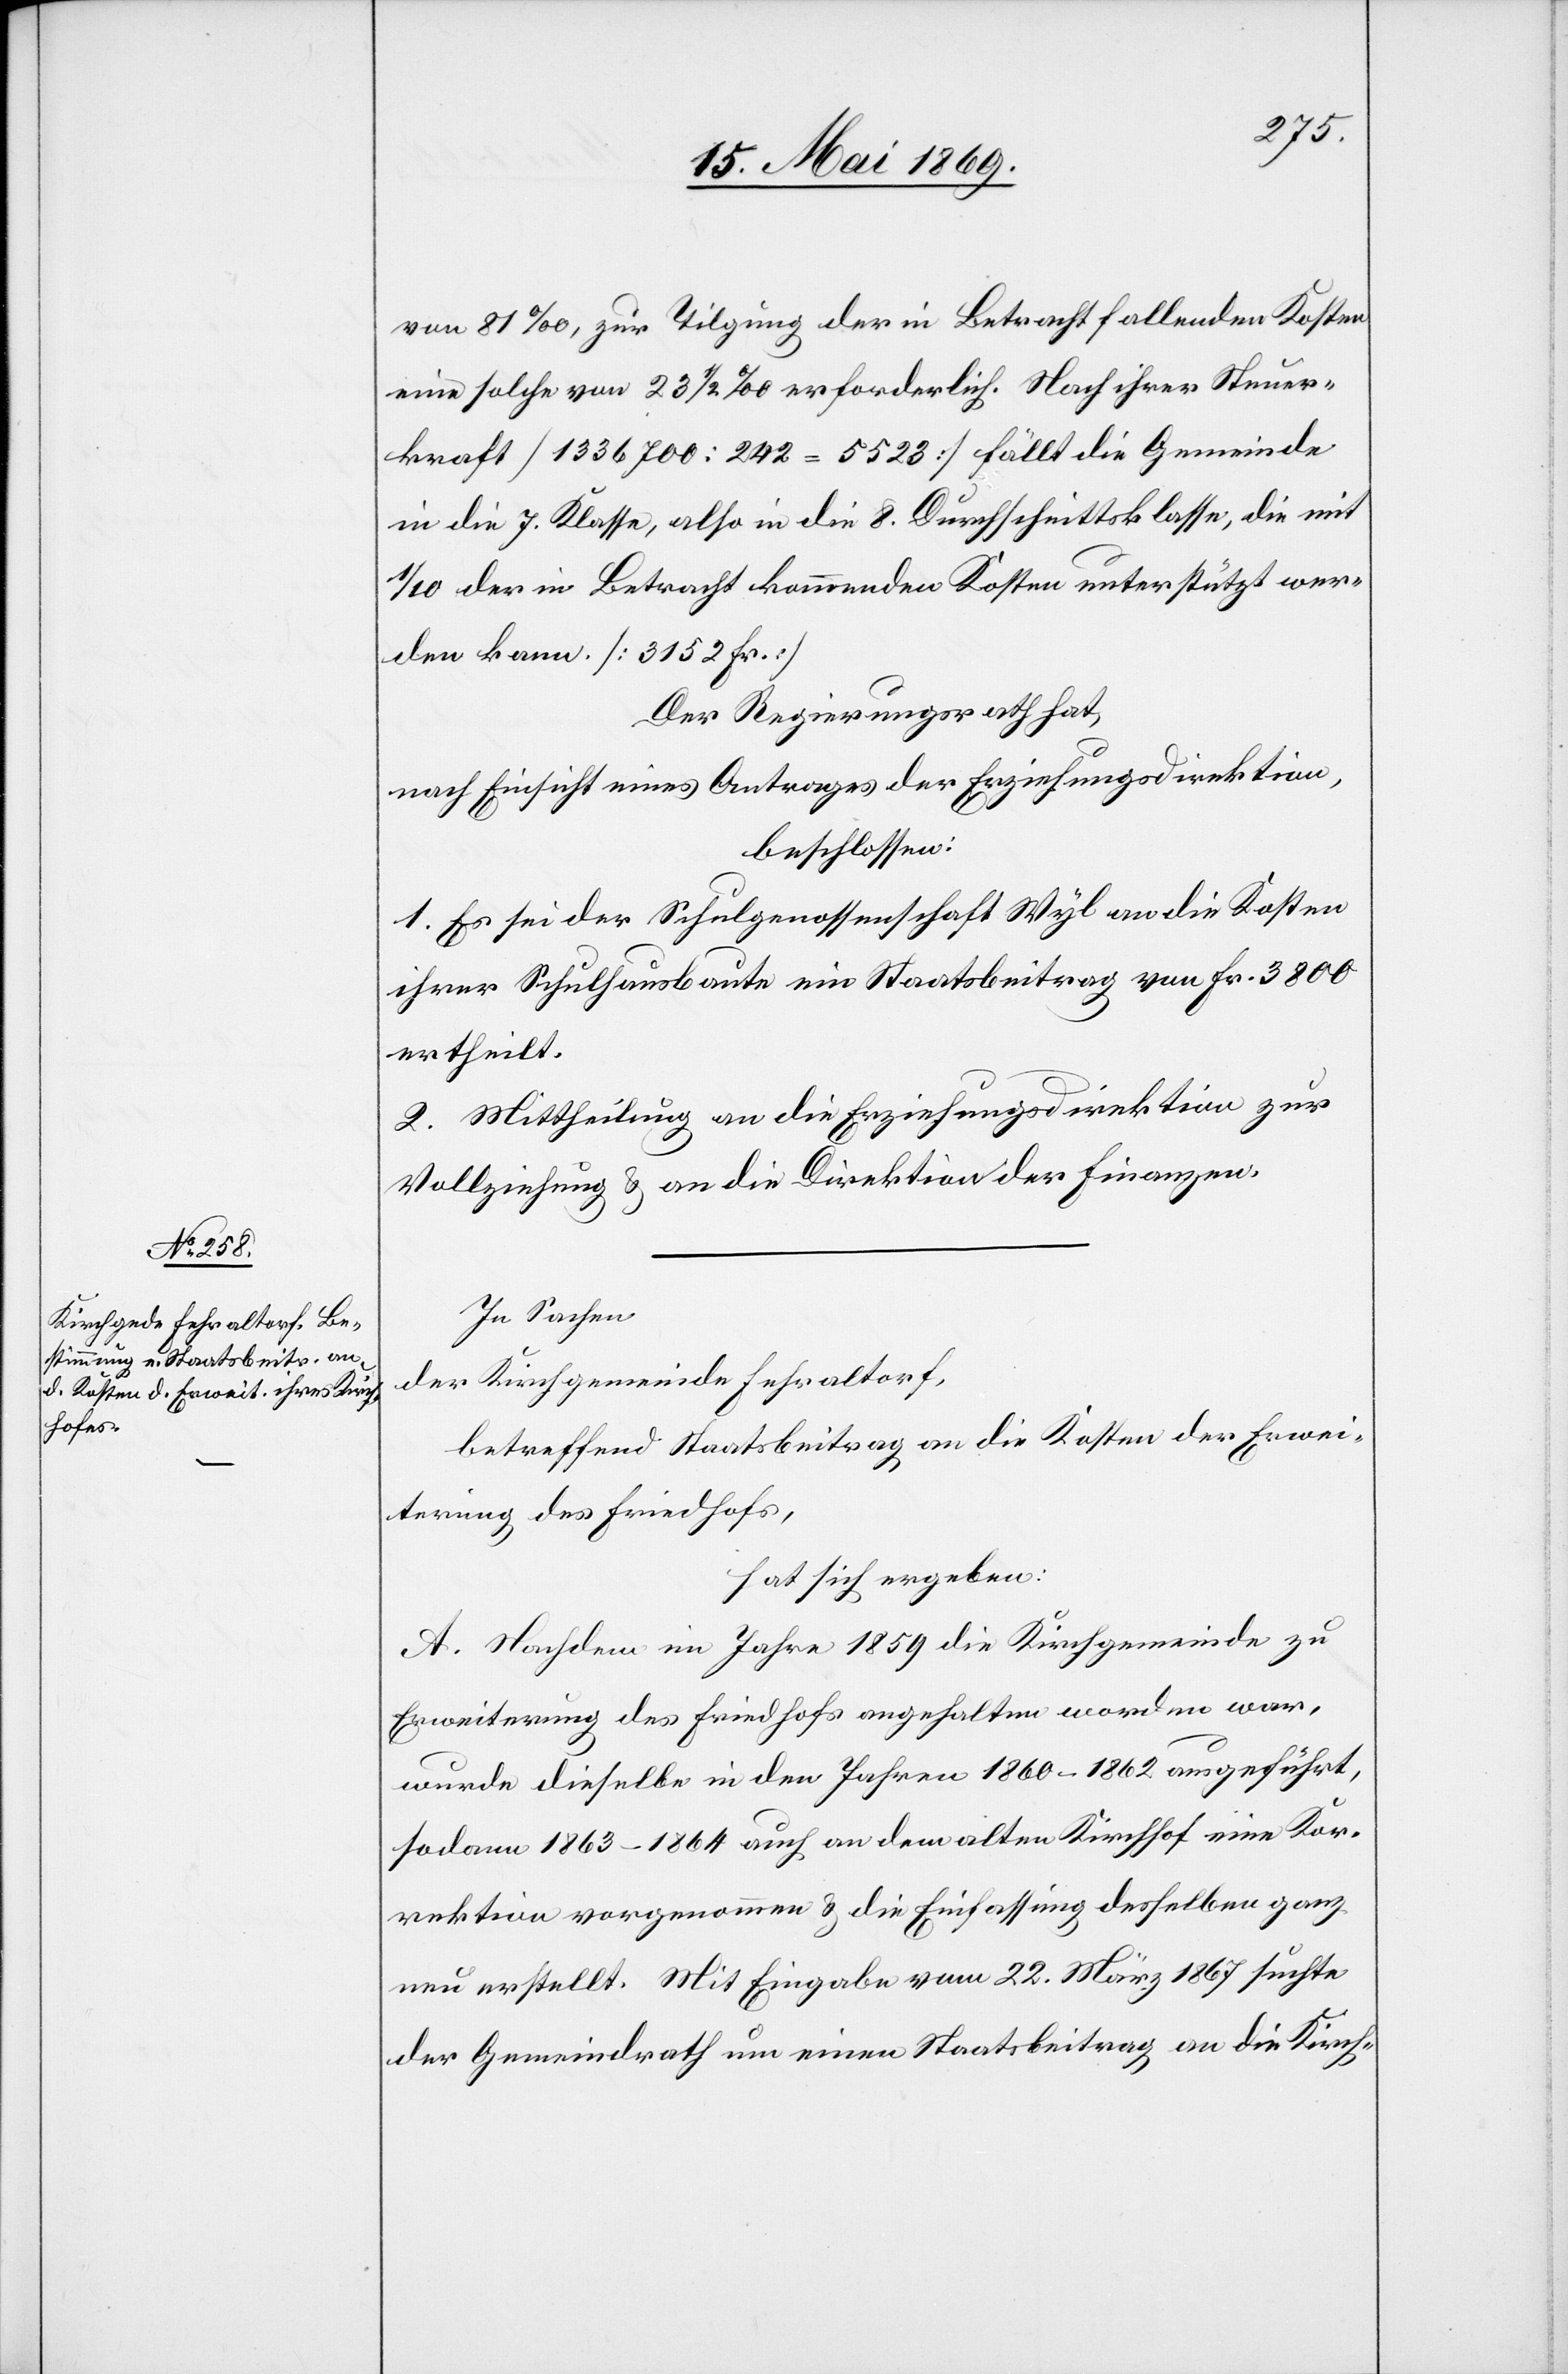
von 81‰, zur Tilgung der in Betracht fallenden Kosten
eine solche von 23 1/2‰ erforderlich. Nach ihrer Steuer¬
kraft [1336700 : 242 = 5523] fällt die Gemeinde
in die 7. Klasse, also in die 8. Durchschnittklasse, die mit
1/10 der in Betracht kommenden Kosten unterstützt wer¬
den kann. [3152 Fr.]
Der Regierungsrath hat,
nach Einsicht eines Antrages der Erziehungsdirektion,
beschlossen:
1. Es sei der Schulgenossenschaft Wyl an die Kosten
ihrer Schulhausbaute ein Staatsbeitrag von Fr. 3800
ertheilt.
2. Mittheilung an die Erziehungsdirektion zur
Vollziehung u. an die Direktion der Finanzen.
In Sachen
der Kirchgemeinde Fehraltorf,
betreffend Staatsbeitrag an die Kosten der Erwei¬
terung des Friedhofs,
hat sich ergeben:
A. Nachdem im Jahre 1859 die Kirchgemeinde zu
Erweiterung des Friedhofs angehalten worden war,
wurde dieselbe in den Jahren 1860–1862 ausgeführt,
sodann 1863–1864 auch an dem alten Kirchhof eine Kor¬
rektion vorgenommen u. die Einfassung desselben ganz
neu erstellt. Mit Eingabe vom 22. März 1867 suchte
der Gemeindrath um einen Staatsbeitrag an die Kirch-